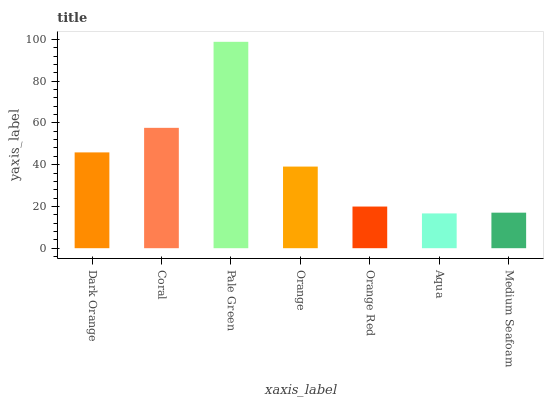
| xaxis_label | bars |
 | --- | --- |
 | Dark Orange | 45.9 |
 | Coral | 57.6 |
 | Pale Green | 98.8 |
 | Orange | 39.1 |
 | Orange Red | 19.9 |
 | Aqua | 16.7 |
 | Medium Seafoam | 17 |